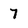
Character: 7